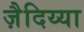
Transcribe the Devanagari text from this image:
ज़ैदिय्या